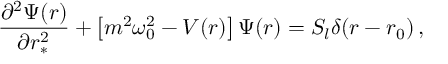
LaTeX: \frac { \partial ^ { 2 } \Psi ( r ) } { \partial r _ { * } ^ { 2 } } + \left\lbrack m ^ { 2 } \omega _ { 0 } ^ { 2 } - V ( r ) \right\rbrack \Psi ( r ) = S _ { l } \delta ( r - r _ { 0 } ) \, ,